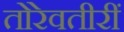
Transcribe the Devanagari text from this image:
तोरेवतीरीं